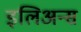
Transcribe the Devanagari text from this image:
इलिअन्स